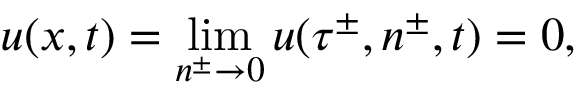
u ( x , t ) = \operatorname* { l i m } _ { n ^ { \pm } \to 0 } u ( \tau ^ { \pm } , n ^ { \pm } , t ) = 0 ,